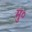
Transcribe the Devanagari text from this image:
मु०